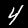
Digit: 4